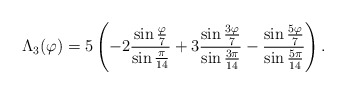
\begin{align*} \Lambda_3(\varphi)=5\left (-2{\sin{\varphi \over 7}\over \sin{\pi \over 14} }+3{\sin{3\varphi \over 7} \over \sin{3\pi \over 14}} - {\sin{5\varphi \over 7} \over \sin{5\pi \over 14}}\right ).\end{align*}